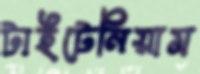
টাইটেনিয়াম